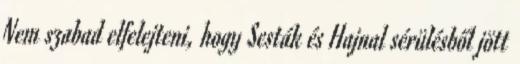
Nem szabad elfelejteni, hogy Sesták és Hajnal sérülésből jött